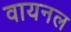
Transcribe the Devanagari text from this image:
वायनल